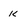
Character: k